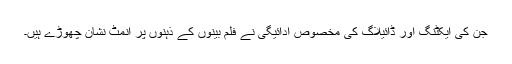
جن کی ایکٹنگ اور ڈائیلاگ کی مخصوص ادائیگی نے فلم بینوں کے ذہنوں پر انمٹ نشان چھوڑے ہیں۔